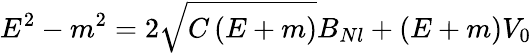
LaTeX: E^{2}-m^{2}=2\sqrt{C\left(E+m\right)}B_{Nl}+\left(E+m\right)V_{0}